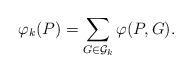
LaTeX: \begin{align*}\varphi_k(P) = \sum_{G \in \mathcal{G}_k} \varphi(P, G).\end{align*}